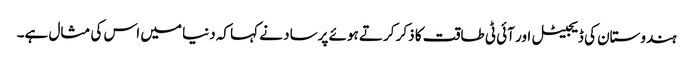
ہندوستان کی ڈیجیٹل اور آئی ٹی طاقت کا ذکر کرتے ہوئے پرساد نے کہا کہ دنیا میں اس کی مثال ہے۔